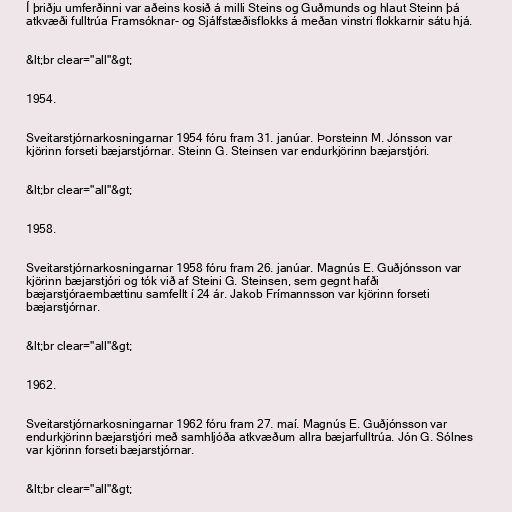
Í þriðju umferðinni var aðeins kosið á milli Steins og Guðmunds og hlaut Steinn þá
atkvæði fulltrúa Framsóknar- og Sjálfstæðisflokks á meðan vinstri flokkarnir sátu hjá.

&lt;br clear="all"&gt;

1954.

Sveitarstjórnarkosningarnar 1954 fóru fram 31. janúar. Þorsteinn M. Jónsson var
kjörinn forseti bæjarstjórnar. Steinn G. Steinsen var endurkjörinn bæjarstjóri.

&lt;br clear="all"&gt;

1958.

Sveitarstjórnarkosningarnar 1958 fóru fram 26. janúar. Magnús E. Guðjónsson var
kjörinn bæjarstjóri og tók við af Steini G. Steinsen, sem gegnt hafði
bæjarstjóraembættinu samfellt í 24 ár. Jakob Frímannsson var kjörinn forseti
bæjarstjórnar.

&lt;br clear="all"&gt;

1962.

Sveitarstjórnarkosningarnar 1962 fóru fram 27. maí. Magnús E. Guðjónsson var
endurkjörinn bæjarstjóri með samhljóða atkvæðum allra bæjarfulltrúa. Jón G. Sólnes
var kjörinn forseti bæjarstjórnar.

&lt;br clear="all"&gt;